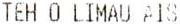
TEH O LIMAU AIS